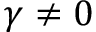
\gamma \neq 0